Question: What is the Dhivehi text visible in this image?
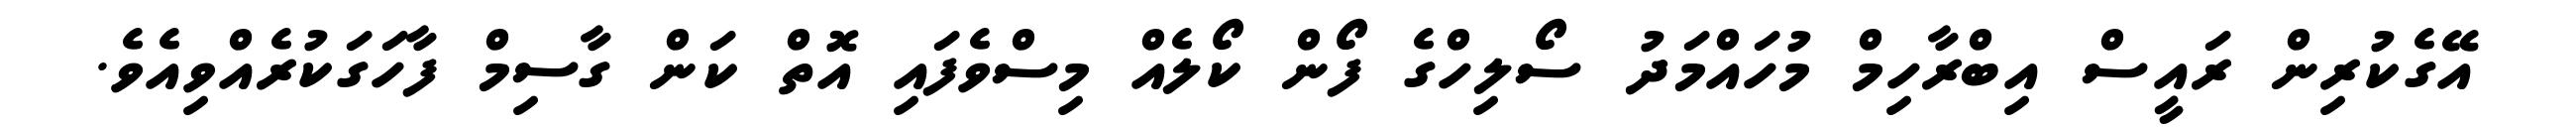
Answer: އޭގެކުރިން ރައީސް އިބްރާހިމް މުހައްމަދު ސޯލިހްގެ ފޯން ކޯލެއް މިސްވެފައި އޮތް ކަން ގާސިމް ފާހަގަކުރެއްވިއެވެ.